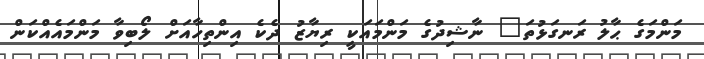
މަންމަގެ ޙާލު ރަނގަޅުތަ" ނާޝިދުގެ މަންމައަކީ ރިޔާޒު ދެކެ އިންތިހާއަށް ލޯބިވާ މަންމައެއްކަން